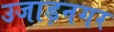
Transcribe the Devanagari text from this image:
उजाड़नगर